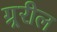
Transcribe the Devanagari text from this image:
ग्र्ररील